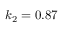
k _ { 2 } = 0 . 8 7